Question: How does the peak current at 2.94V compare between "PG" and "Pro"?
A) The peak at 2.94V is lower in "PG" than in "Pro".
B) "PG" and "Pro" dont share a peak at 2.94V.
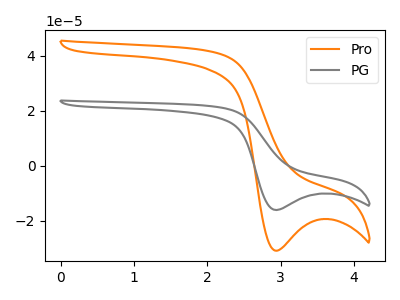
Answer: <think>The orange curve "Pro" has a cathodic peak at: (2.95V, -30.95uA). The gray curve "PG" has a cathodic peak at: (2.95V, -16.15uA).</think>
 <answer>A) The peak at 2.94V is lower in "PG" than in "Pro".</answer>
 <eval>A</eval>